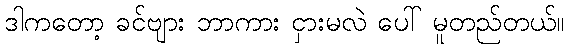
ဒါကတော့ ခင်ဗျား ဘာကား ငှားမလဲ ပေါ် မူတည်တယ်။